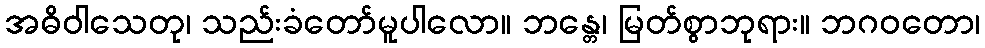
အဓိဝါသေတု၊ သည်းခံတော်မူပါလော။ ဘန္တေ၊ မြတ်စွာဘုရား။ ဘဂဝတော၊